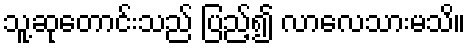
သူ့ဆုတောင်းသည် ပြည့်၍ လာလေသားမသိ။